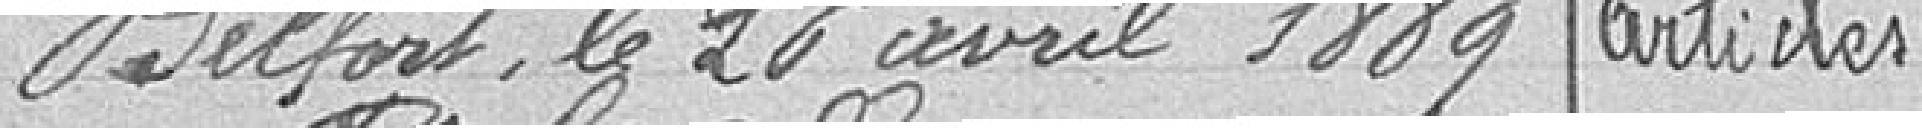
Belfort, le 20 Avril 1889    articles